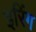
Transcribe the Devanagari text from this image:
इरिंग